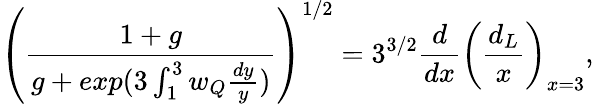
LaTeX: \left(\frac{1+g}{g+exp(3\int_{1}^{3}w_{Q}\frac{dy}{y})}\right)^{1/2}=3^{3/2}\frac{d}{dx}\left(\frac{d_{L}}{x}\right)_{x=3},